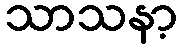
သာသနာ့